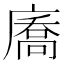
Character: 㢗